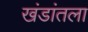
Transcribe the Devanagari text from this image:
खंडांतला